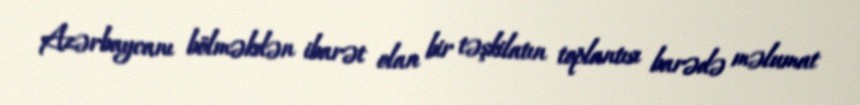
Azərbaycanı bölməkdən ibarət olan bir təşkilatın toplantısı barədə məlumat